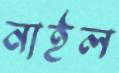
নাইল